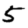
Digit: 5